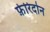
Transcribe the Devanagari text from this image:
फ़ेरिदोन